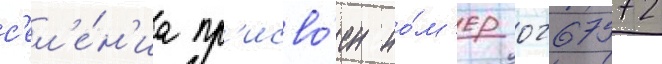
с'ел'е́н'иа пр'исво́ен но́м'ер 0267572